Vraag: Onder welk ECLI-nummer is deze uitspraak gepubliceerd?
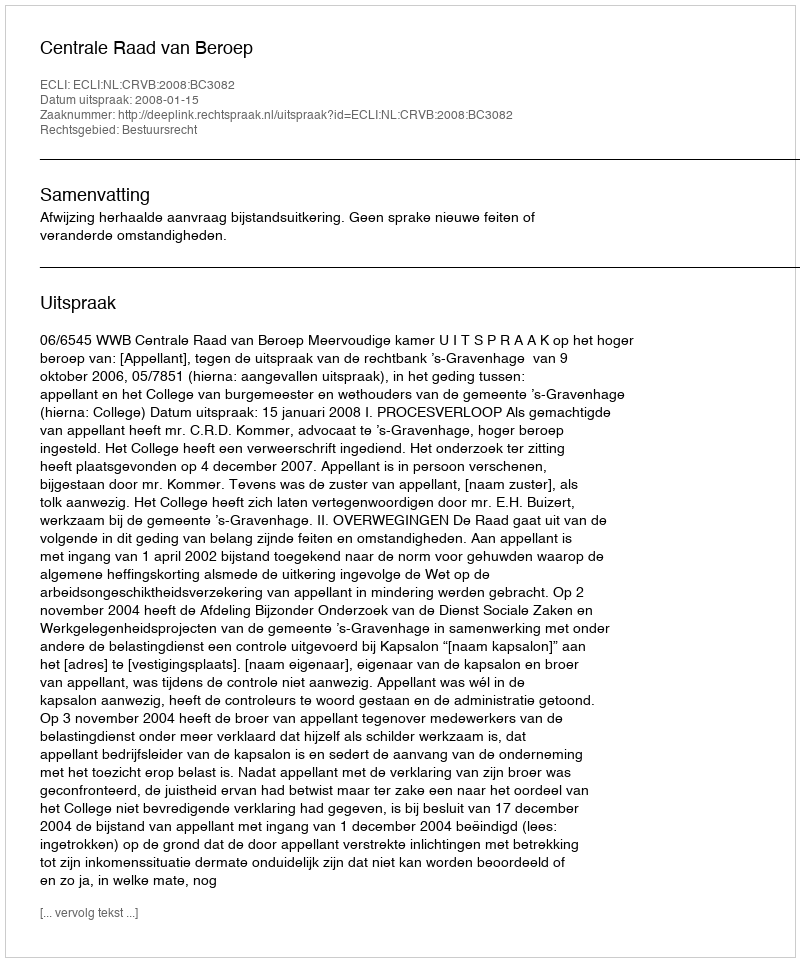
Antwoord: ECLI:NL:CRVB:2008:BC3082